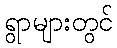
ရွာများတွင်